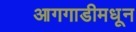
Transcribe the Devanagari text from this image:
आगगाडीमधून